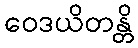
ဝေဒယိတန္တိ